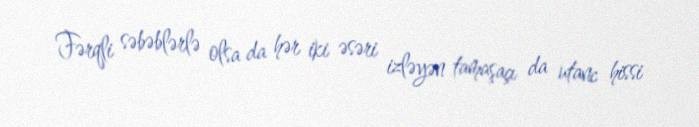
Fərqli səbəblərlə olsa da hər iki əsəri izləyən tamaşaçı da utanc hissi